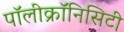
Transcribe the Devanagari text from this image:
पॉलीक्रॉनिसिटी